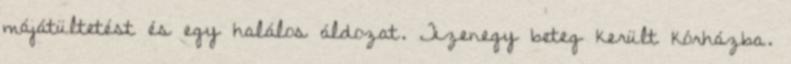
májátültetést és egy halálos áldozat. Tizenegy beteg került kórházba.